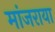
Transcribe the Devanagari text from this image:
मांजराया